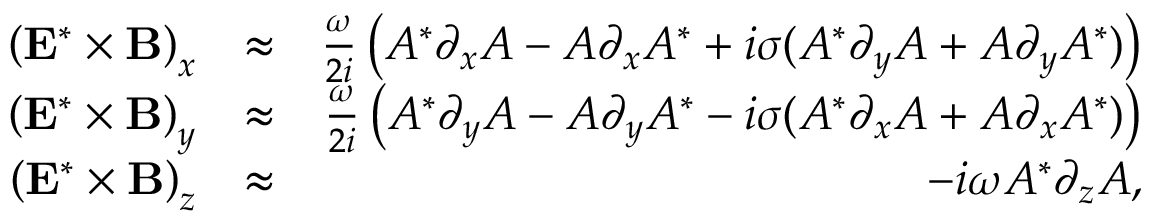
\begin{array} { r l r } { \left( { \bf E } ^ { * } \times { \bf B } \right) _ { x } } & { \approx } & { \frac { \omega } { 2 i } \left( A ^ { * } \partial _ { x } A - A \partial _ { x } A ^ { * } + i \sigma ( A ^ { * } \partial _ { y } A + A \partial _ { y } A ^ { * } ) \right) } \\ { \left( { \bf E } ^ { * } \times { \bf B } \right) _ { y } } & { \approx } & { \frac { \omega } { 2 i } \left( A ^ { * } \partial _ { y } A - A \partial _ { y } A ^ { * } - i \sigma ( A ^ { * } \partial _ { x } A + A \partial _ { x } A ^ { * } ) \right) } \\ { \left( { \bf E } ^ { * } \times { \bf B } \right) _ { z } } & { \approx } & { - i \omega A ^ { * } \partial _ { z } A , } \end{array}